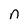
Character: n